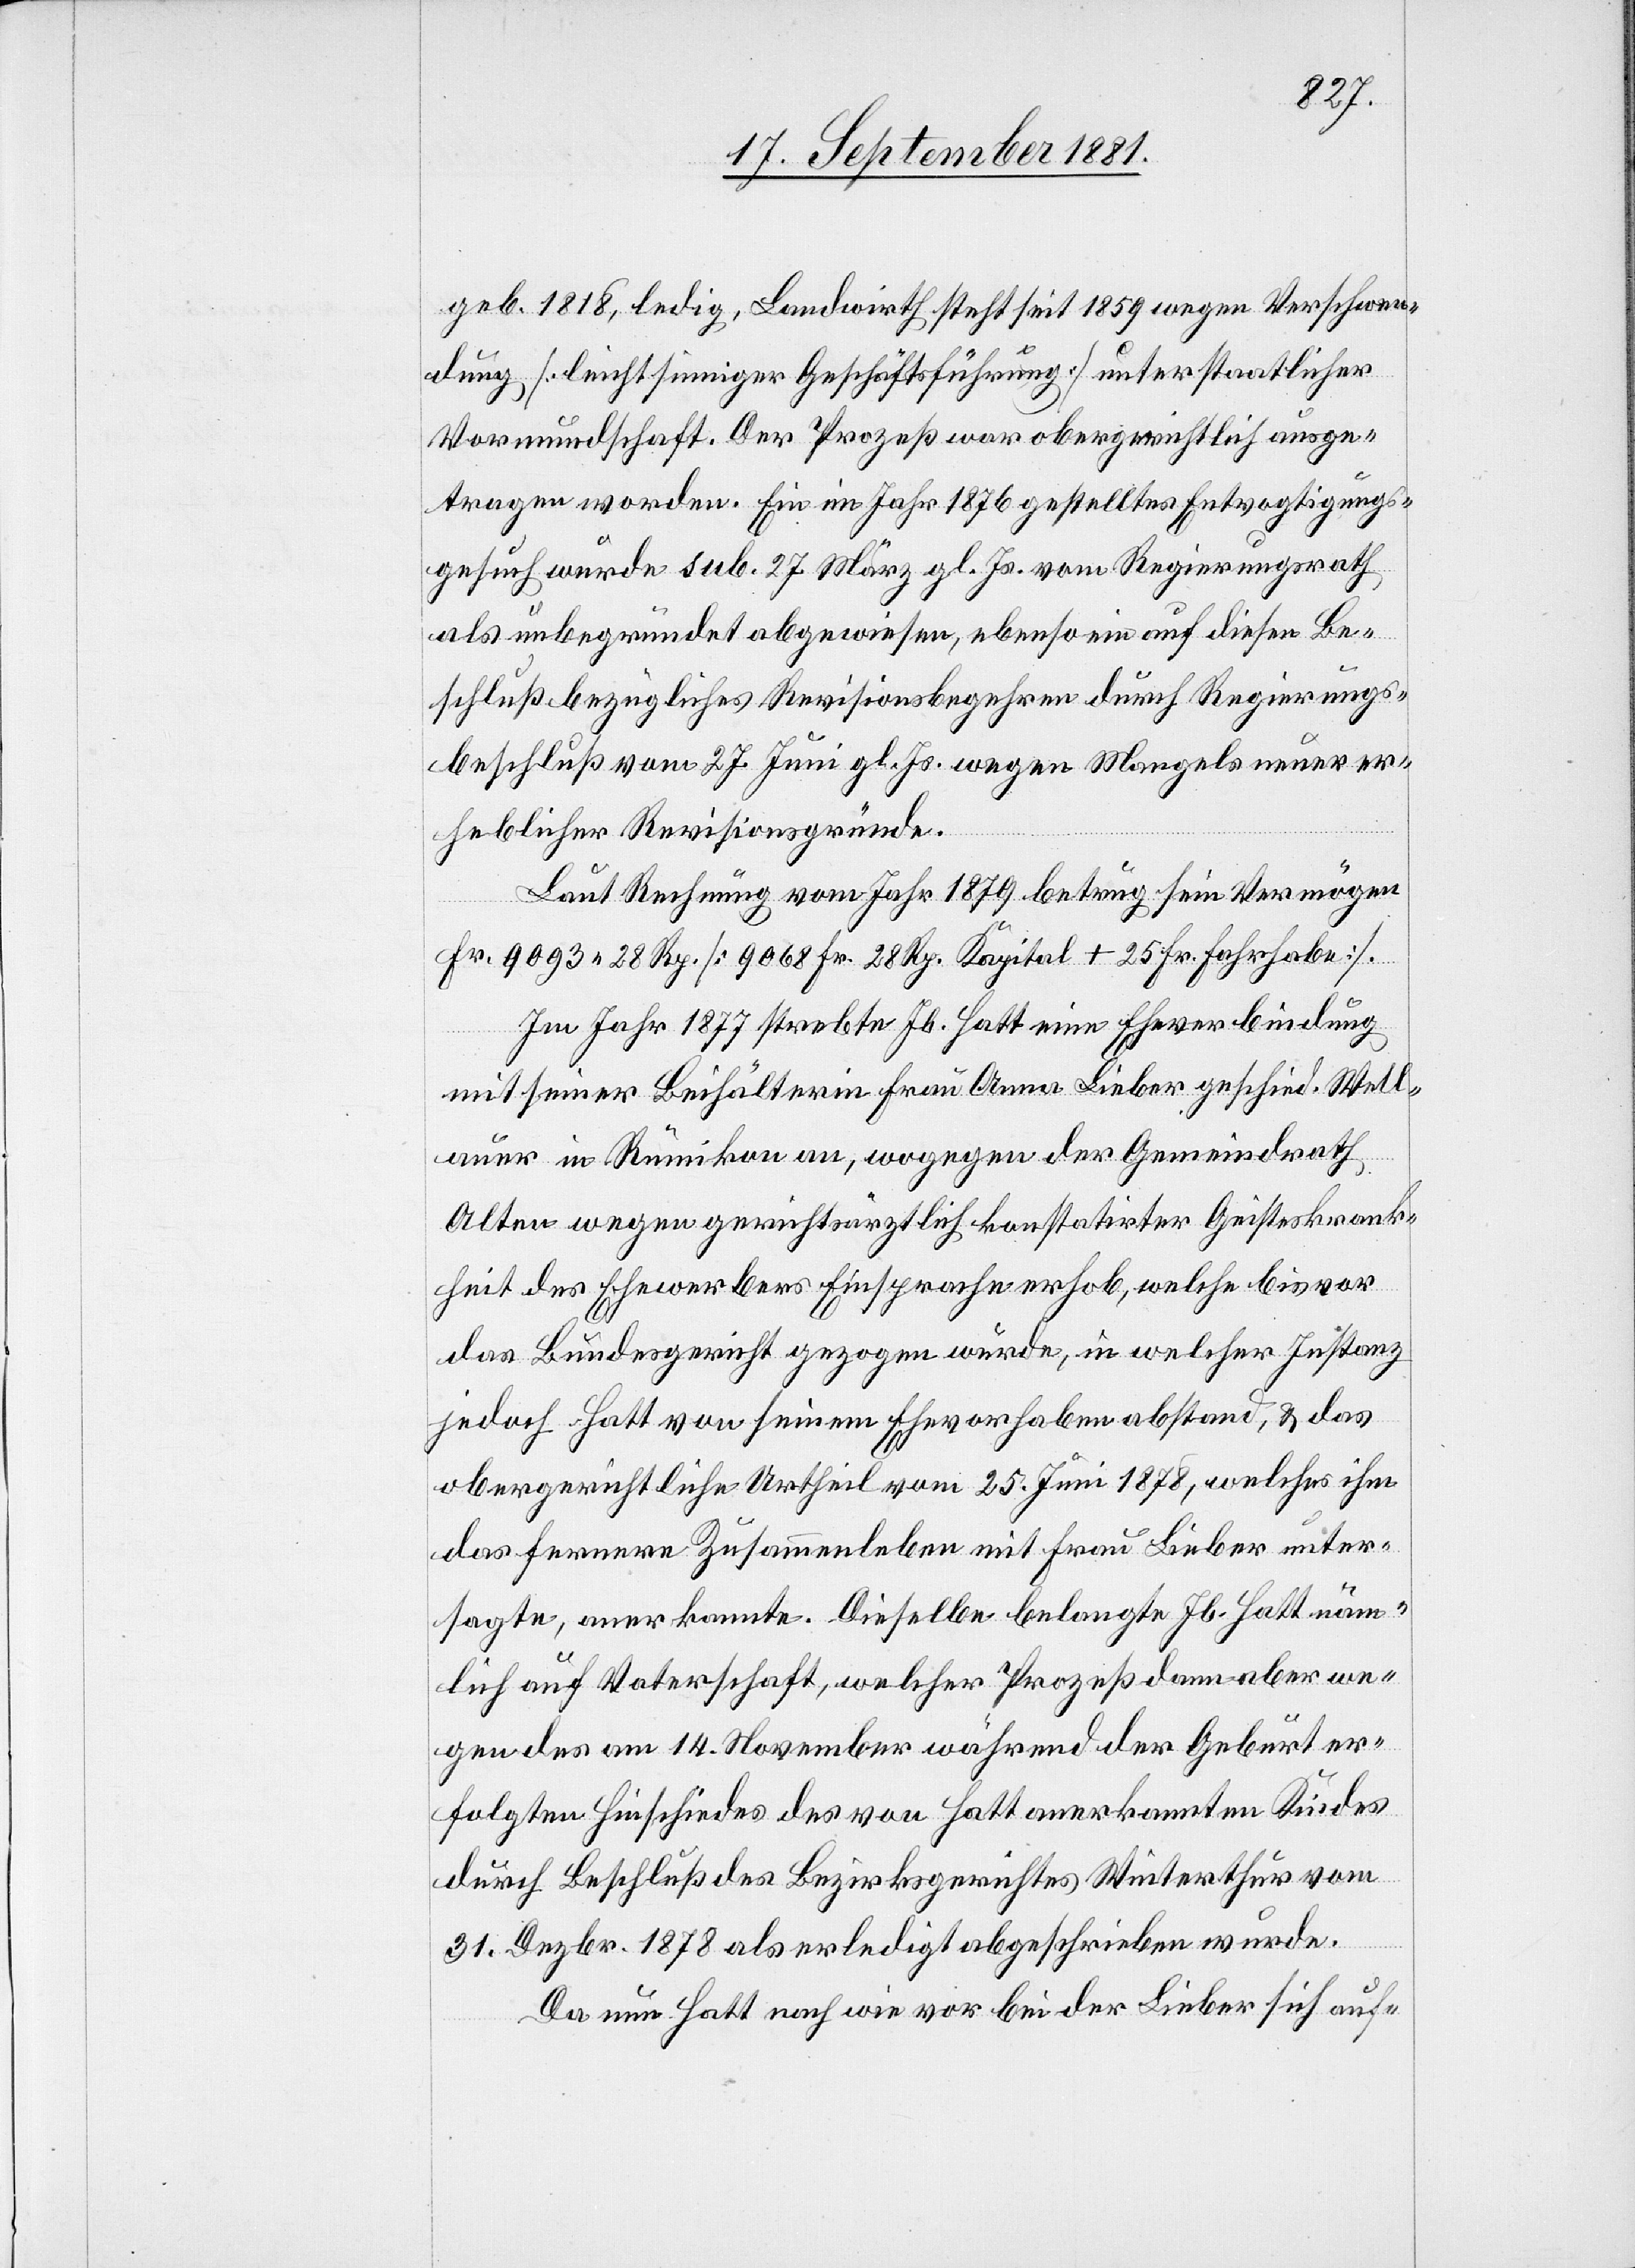
geb. 1818, ledig, Landwirth steht seit 1859 wegen Verschwen¬
dung [leichtsinniger Geschäftsführung] unter staatlicher
Vormundschaft. Der Prozeß war obergerichtlich ausge¬
tragen worden. Ein im Jahr 1876 gestelltes Entvogtigungs¬
gesuch wurde sub. 27. März gl. Js. vom Regierungsrath
als unbegründet abgewiesen, ebenso auf diesen Be¬
schluß bezügliches Revisionsbegehren durch Regierungs¬
beschluß von 27. Juni gl. Js. wegen Mangels neuer er¬
heblicher Revisionsgründe.
Laut Rechnung vom Jahr 1879 betrug sein Vermögen
Fr. 9093 28 Rp. [9068 Fr. 28 Rp. Kapital + 25 Fr. Fahrhabe].
Im Jahr 1877 strebte Jb. Hatt eine Eheverbindung
mit seiner Beihälterin Frau Anna Lieber geschied. Well¬
auer in Rümikon an, wogegen der Gemeindrath
Alten wegen gerichtsärztlich konstatirter Geisteskrank¬
heit des Ehewerbers Einsprache erhob, welche bis vor
das Bundesgericht gezogen wurde, in welcher Instanz
jedoch Hatt von seinem Ehevorhaben abstand, & das
obergerichtliche Urtheil vom 25. Juni 1878, welches ihm
das fernere Zusammenleben mit Frau Lieber unter¬
sagte, anerkannte. Dieselbe belangte Jb. Hatt näm¬
lich auf Vaterschaft, welcher Prozeß dann aber we¬
gen des am 14. November während der Geburt er¬
folgten Hinschiedes des von Hatt anerkannten Kindes
durch Beschluß des Bezirksgerichtes Winterthur vom
31. Dezbr. 1878 als erledigt abgeschrieben wurde.
Da nun Hatt nach wie vor bei der Lieber sich auf-